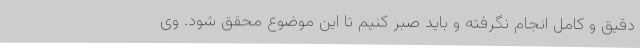
دقیق و کامل انجام نگرفته و باید صبر کنیم تا این موضوع محقق شود. وی